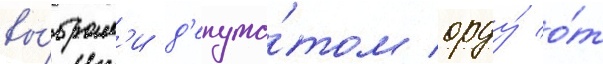
вы́брал'и д'епута́том орду́ о́т